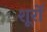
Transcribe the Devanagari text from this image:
शूरों